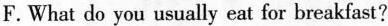
F.What do you usually eat for breakfast?